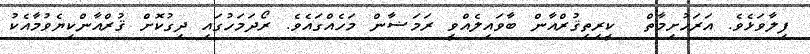
ފިލާވަޅެވެ. އަރަހުށިމާތް  ކީރިތިޤުރްއާން ބާވައިލެއްވީ ރަމަޟާން މަހެއްގައެވެ. ރޯދަމަހުގައި ދިގުކޮށް ޤުރްއާންކިޔެވުމާއެކު